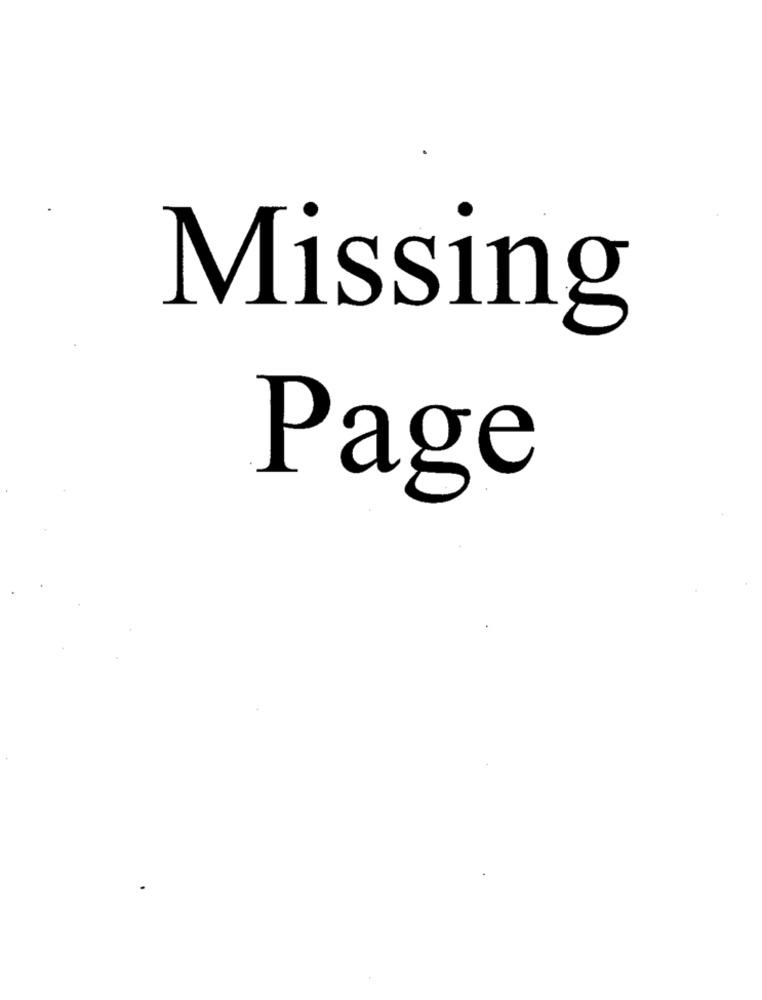
Missing
Page